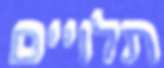
תלויים